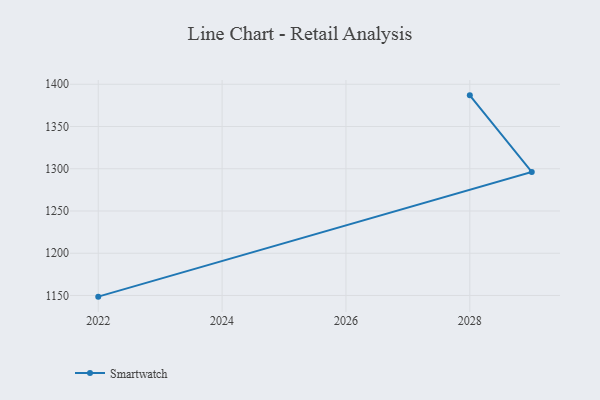
{"axis": {"x": "Year", "y": "Active Users"}, "legend": ["Smartwatch"], "data": [{"x": "2022", "y": 1148.6, "type": "Smartwatch"}, {"x": "2029", "y": 1296.3, "type": "Smartwatch"}, {"x": "2028", "y": 1386.9, "type": "Smartwatch"}]}